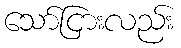
သော်ငြားလည်း